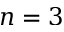
n = 3